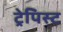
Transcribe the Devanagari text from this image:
ट्रेपिस्ट